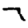
Digit: 7